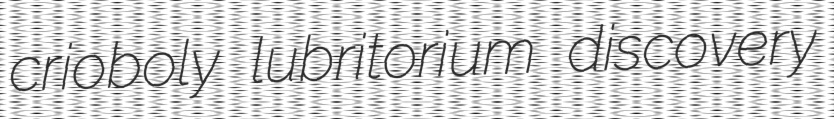
crioboly lubritorium discovery